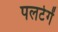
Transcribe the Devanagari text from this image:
पलटेगें